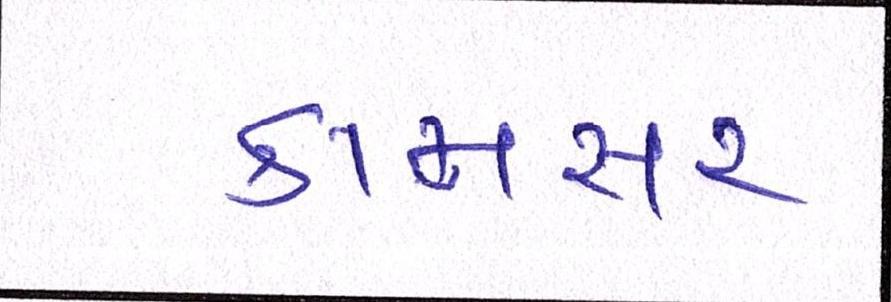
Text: કામસર